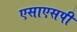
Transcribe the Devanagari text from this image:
एसाएसपी